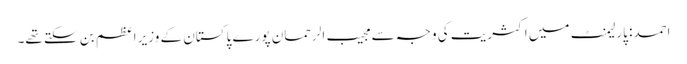
احمد: پارلیمنٹ میں اکثریت کی وجہ سے مجیب الرحمان پورے پاکستان کے وزیر اعظم بن سکتے تھے۔